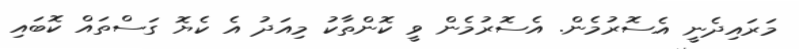
މަރައިދެނީ އެސޮރުމެން. އެސޮރުމެން ވީ ކޮންތާކު މިއަދު އެ ކެޔޮ ގަސްތައް ކޮބައި